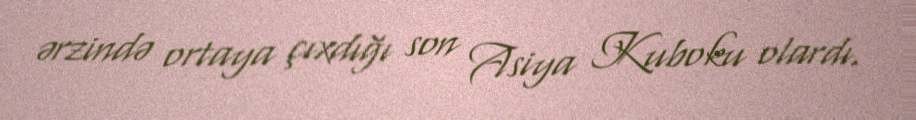
ərzində ortaya çıxdığı son Asiya Kuboku olardı.